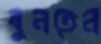
বুনতেন